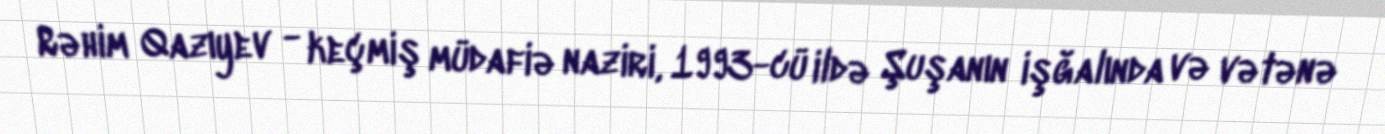
Rəhim Qazıyev - keçmiş müdafiə naziri, 1993-cü ildə Şuşanın işğalında və vətənə